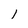
Character: l